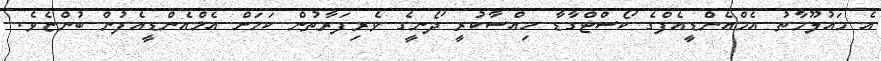
އެ މައުލޫމާތު އެމްއެންޑީއެފްގެ ކޯސްޓްގާޑާ ހިއްސާކުރީ ދޯނީގެ ވެރިފަރާތުން ކަމަށް އެމްއެންޑީއެފުން ބުންޏެވެ.